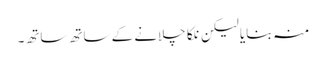
منہ بنایا لیکن نلکا چلانے کے ساتھ ساتھ۔